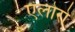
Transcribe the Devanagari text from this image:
एलोरो